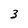
Character: 3